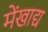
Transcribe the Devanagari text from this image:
मेंखाद्य